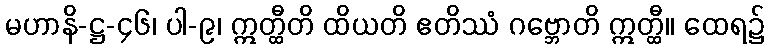
မဟာနိ-ဋ္ဌ-၄၆၊ ပါ-၉၊ ဣတ္ထီတိ ထိယတိ ဧတိဿံ ဂဗ္ဘောတိ ဣတ္ထီ။ ထေရ၌